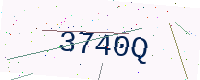
Text: 3740Q